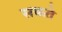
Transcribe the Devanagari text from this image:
सकते